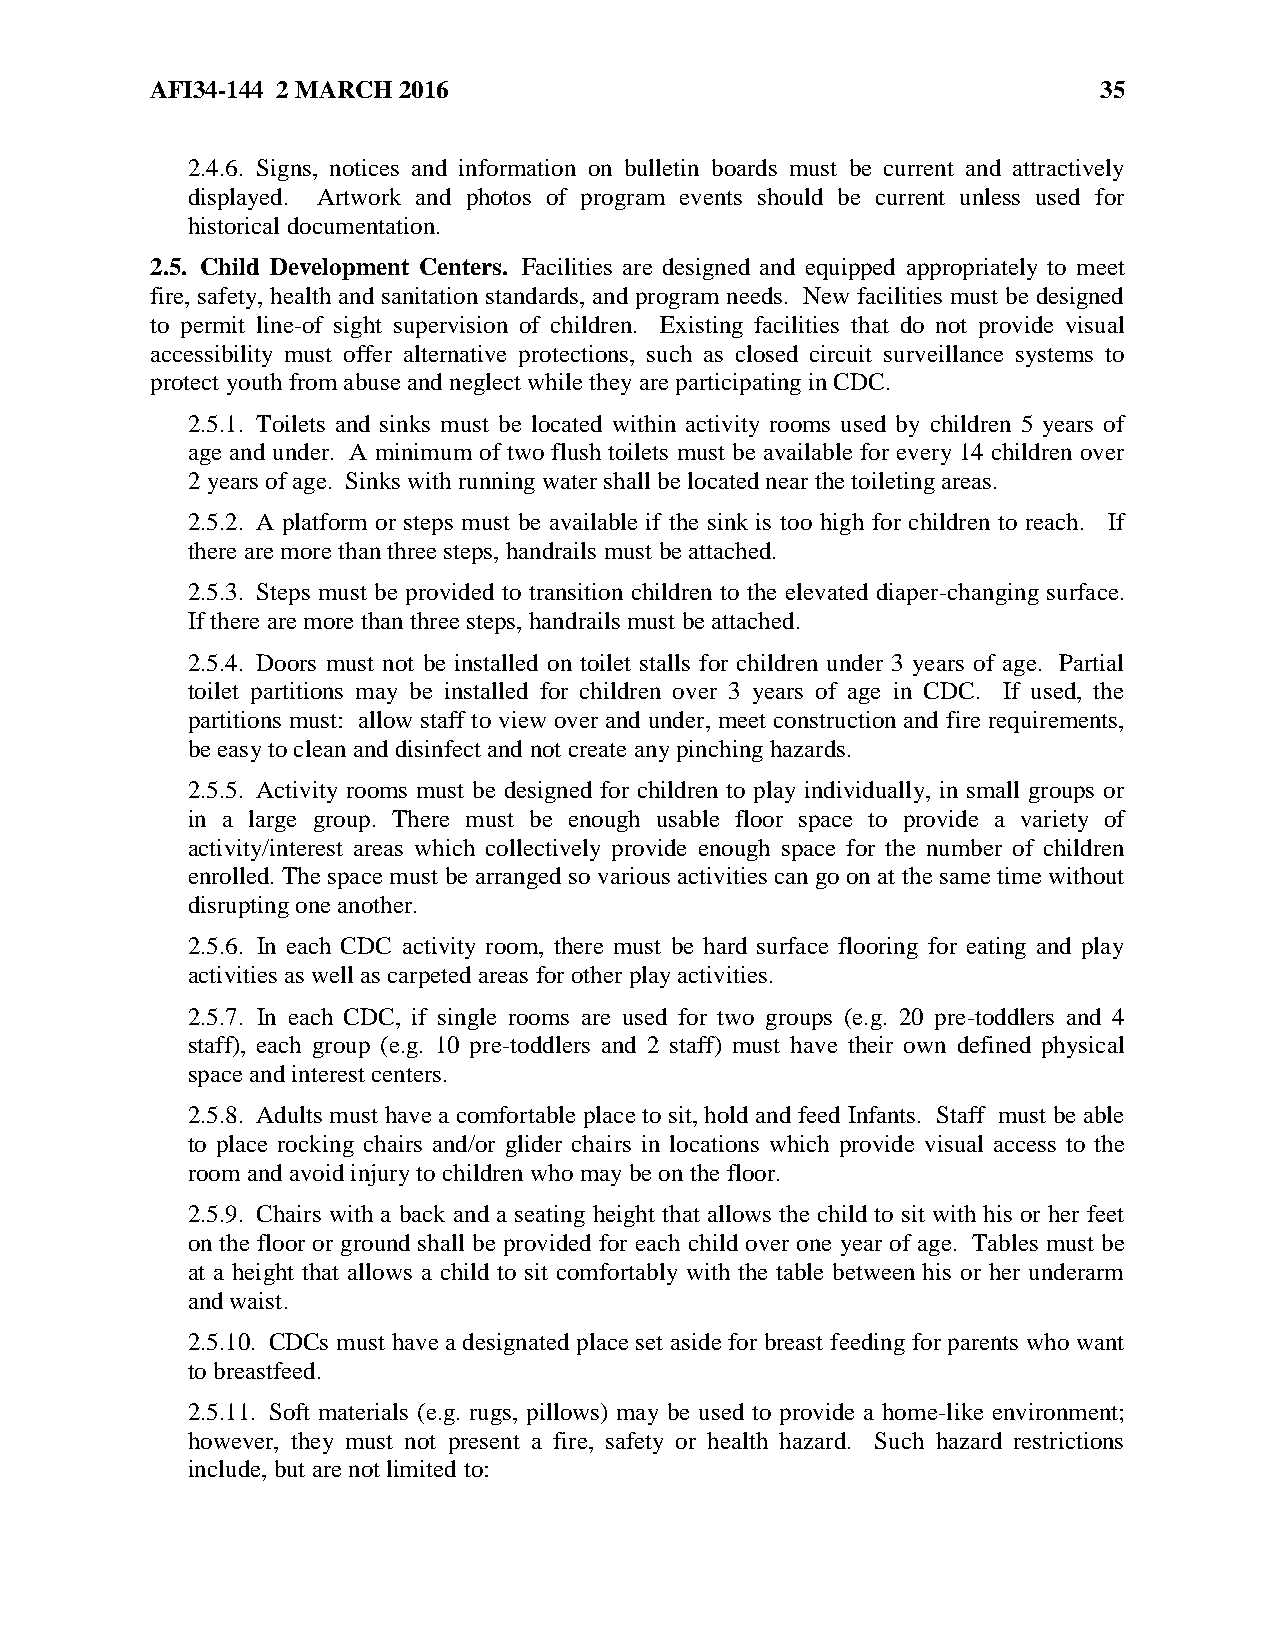
AFI34-144 2 MARCH 2016                                         35
 2.4.6. Signs, notices and information on bulletin boards must be current and attractively
 displayed. Artwork and photos of program events should be current unless used for
 historical documentation.
 2.5. Child Development Centers. Facilities are designed and equipped appropriately to meet
 fire, safety, health and sanitation standards, and program needs. New facilities must be designed
 to permit line-of sight supervision of children. Existing facilities that do not provide visual
 accessibility must offer alternative protections, such as closed circuit surveillance systems to
 protect youth from abuse and neglect while they are participating in CDC.
 2.5.1. Toilets and sinks must be located within activity rooms used by children 5 years of
 age and under. A minimum of two flush toilets must be available for every 14 children over
 2 years of age. Sinks with running water shall be located near the toileting areas.
 2.5.2. A platform or steps must be available if the sink is too high for children to reach. If
 there are more than three steps, handrails must be attached.
 2.5.3. Steps must be provided to transition children to the elevated diaper-changing surface.
 If there are more than three steps, handrails must be attached.
 2.5.4. Doors must not be installed on toilet stalls for children under 3 years of age. Partial
 toilet partitions may be installed for children over 3 years of age in CDC. If used, the
 partitions must: allow staff to view over and under, meet construction and fire requirements,
 be easy to clean and disinfect and not create any pinching hazards.
 2.5.5. Activity rooms must be designed for children to play individually, in small groups or
 in a large group. There must be enough usable floor space to provide a variety of
 activity/interest areas which collectively provide enough space for the number of children
 enrolled. The space must be arranged so various activities can go on at the same time without
 disrupting one another.
 2.5.6. In each CDC activity room, there must be hard surface flooring for eating and play
 activities as well as carpeted areas for other play activities.
 2.5.7. In each CDC, if single rooms are used for two groups (e.g. 20 pre-toddlers and 4
 staff), each group (e.g. 10 pre-toddlers and 2 staff) must have their own defined physical
 space and interest centers.
 2.5.8. Adults must have a comfortable place to sit, hold and feed Infants. Staff must be able
 to place rocking chairs and/or glider chairs in locations which provide visual access to the
 room and avoid injury to children who may be on the floor.
 2.5.9. Chairs with a back and a seating height that allows the child to sit with his or her feet
 on the floor or ground shall be provided for each child over one year of age. Tables must be
 at a height that allows a child to sit comfortably with the table between his or her underarm
 and waist.
 2.5.10. CDCs must have a designated place set aside for breast feeding for parents who want
 to breastfeed.
 2.5.11. Soft materials (e.g. rugs, pillows) may be used to provide a home-like environment;
 however, they must not present a fire, safety or health hazard. Such hazard restrictions
 include, but are not limited to: